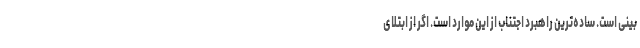
بینی است. ساده‌ترین راهبرد اجتناب از این موارد است. اگر از ابتلای